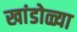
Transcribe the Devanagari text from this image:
खांडोळ्या